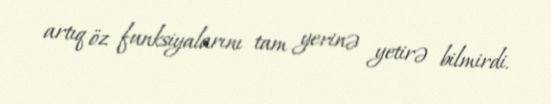
artıq öz funksiyalarını tam yerinə yetirə bilmirdi.